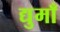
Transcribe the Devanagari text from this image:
द्युमाँ